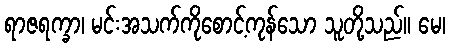
ရာဇရက္ခာ၊ မင်းအသက်ကိုစောင့်ကုန်သော သူတို့သည်။ မေ၊